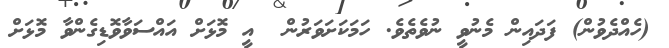
(ހެއްދެވުން) ފަދައިން މެނުވީ ނުވެތެވެ. ހަމަކަށަވަރުން  އީ މޮޅަށް އައްސަވާވޮޑިގެންވާ މޮޅަށް